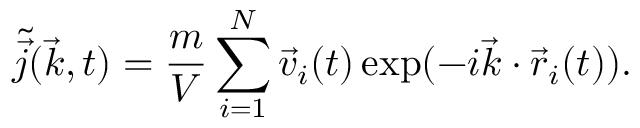
\tilde { \vec { j } } ( \vec { k } , t ) = \frac { m } { V } \sum _ { i = 1 } ^ { N } \vec { v } _ { i } ( t ) \exp ( - i \vec { k } \cdot \vec { r } _ { i } ( t ) ) .